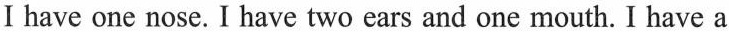
I have one nose.I have two ears and one mouth. I have a